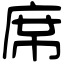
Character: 席